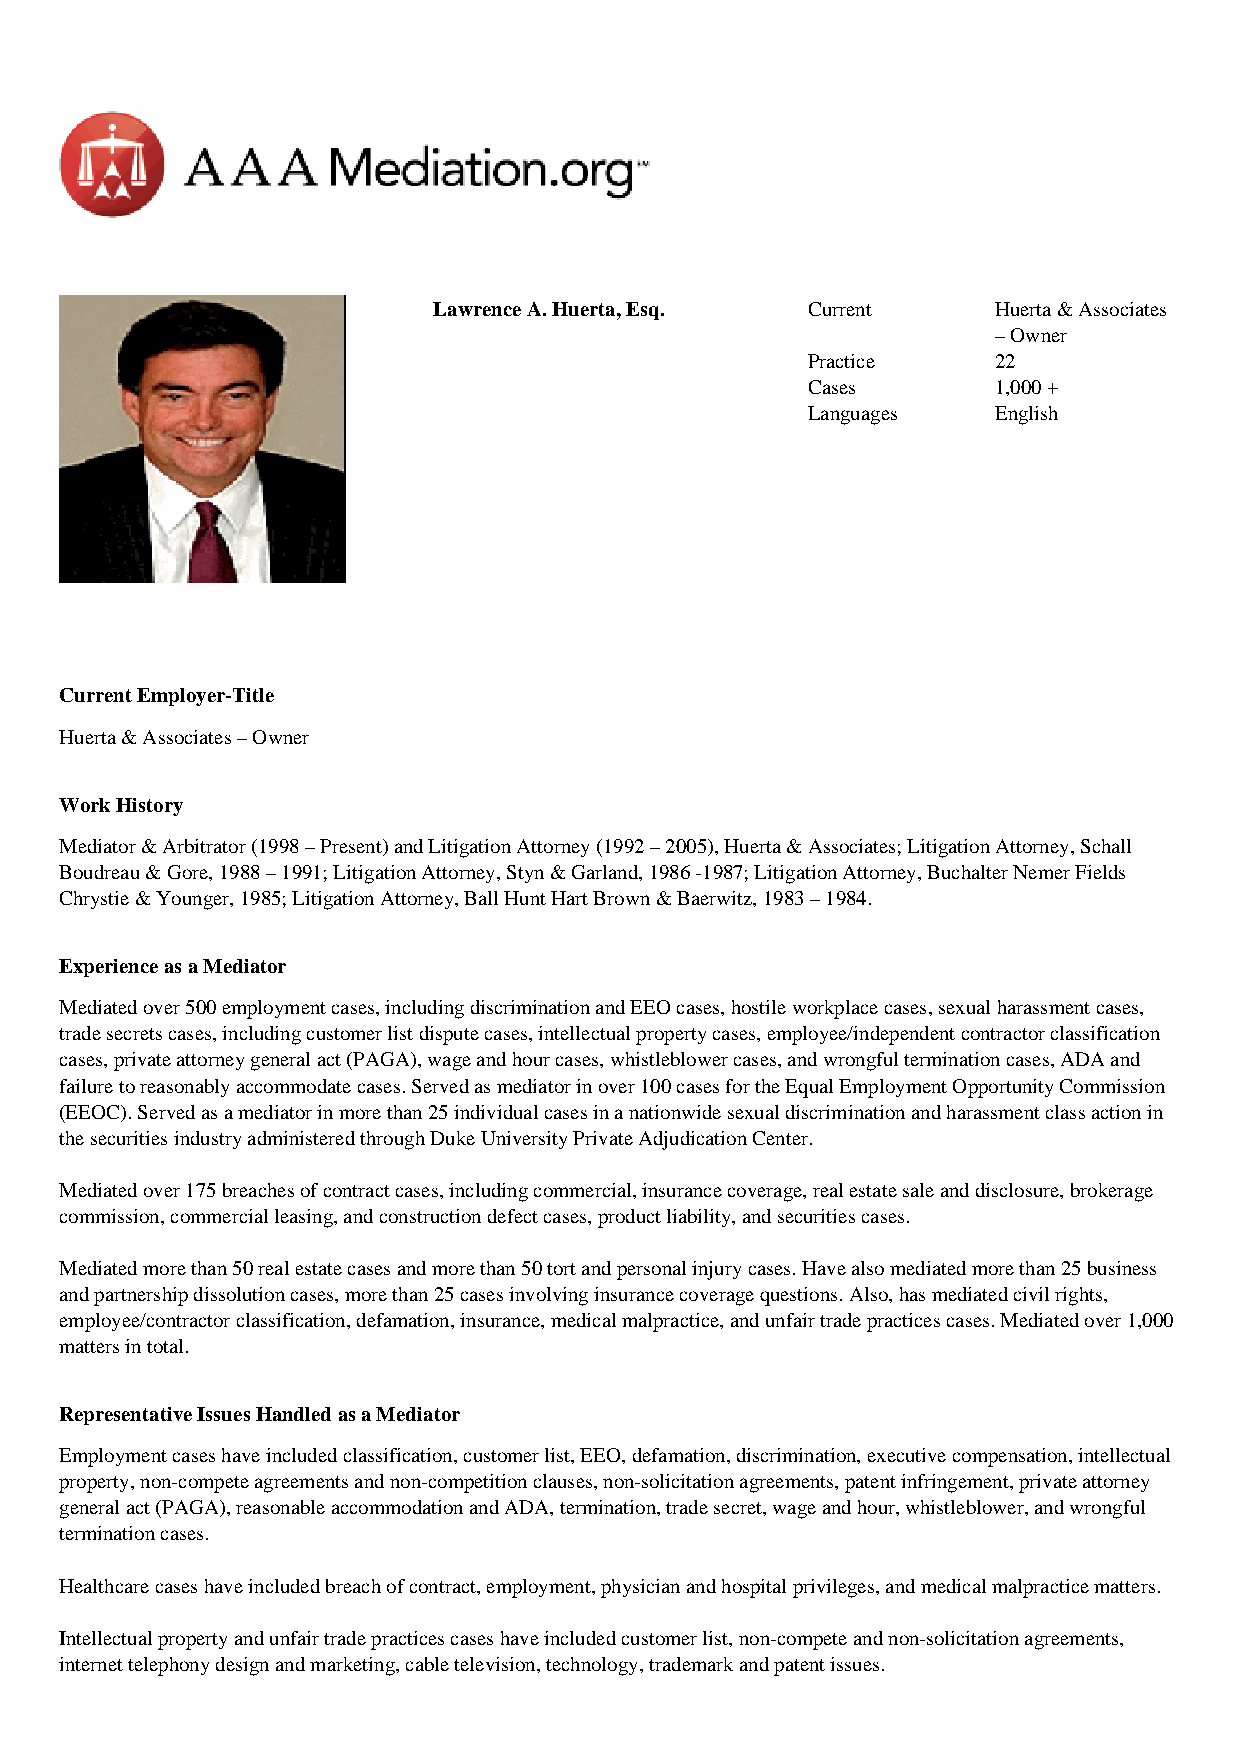
•       AAA       Mediation.erg··
 Lawrence A. Huerta, Esq. Current     Huerta & Associates
 – Owner
 Practice     22
 Cases        1,000 +
 Languages    English
 Current Employer-Title
 Huerta & Associates – Owner
 Work History
 Mediator & Arbitrator (1998 – Present) and Litigation Attorney (1992 – 2005), Huerta & Associates; Litigation Attorney, Schall
 Boudreau & Gore, 1988 – 1991; Litigation Attorney, Styn & Garland, 1986 -1987; Litigation Attorney, Buchalter Nemer Fields
 Chrystie & Younger, 1985; Litigation Attorney, Ball Hunt Hart Brown & Baerwitz, 1983 – 1984.
 Experience as a Mediator
 Mediated over 500 employment cases, including discrimination and EEO cases, hostile workplace cases, sexual harassment cases,
 trade secrets cases, including customer list dispute cases, intellectual property cases, employee/independent contractor classification
 cases, private attorney general act (PAGA), wage and hour cases, whistleblower cases, and wrongful termination cases, ADA and
 failure to reasonably accommodate cases. Served as mediator in over 100 cases for the Equal Employment Opportunity Commission
 (EEOC). Served as a mediator in more than 25 individual cases in a nationwide sexual discrimination and harassment class action in
 the securities industry administered through Duke University Private Adjudication Center.
 Mediated over 175 breaches of contract cases, including commercial, insurance coverage, real estate sale and disclosure, brokerage
 commission, commercial leasing, and construction defect cases, product liability, and securities cases.
 Mediated more than 50 real estate cases and more than 50 tort and personal injury cases. Have also mediated more than 25 business
 and partnership dissolution cases, more than 25 cases involving insurance coverage questions. Also, has mediated civil rights,
 employee/contractor classification, defamation, insurance, medical malpractice, and unfair trade practices cases. Mediated over 1,000
 matters in total.
 Representative Issues Handled as a Mediator
 Employment cases have included classification, customer list, EEO, defamation, discrimination, executive compensation, intellectual
 property, non-compete agreements and non-competition clauses, non-solicitation agreements, patent infringement, private attorney
 general act (PAGA), reasonable accommodation and ADA, termination, trade secret, wage and hour, whistleblower, and wrongful
 termination cases.
 Healthcare cases have included breach of contract, employment, physician and hospital privileges, and medical malpractice matters.
 Intellectual property and unfair trade practices cases have included customer list, non-compete and non-solicitation agreements,
 internet telephony design and marketing, cable television, technology, trademark and patent issues.